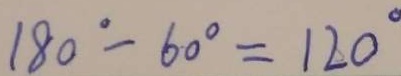
1 8 0 ^ { \circ } - 6 0 ^ { \circ } = 1 2 0 ^ { \circ }